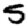
Digit: 5